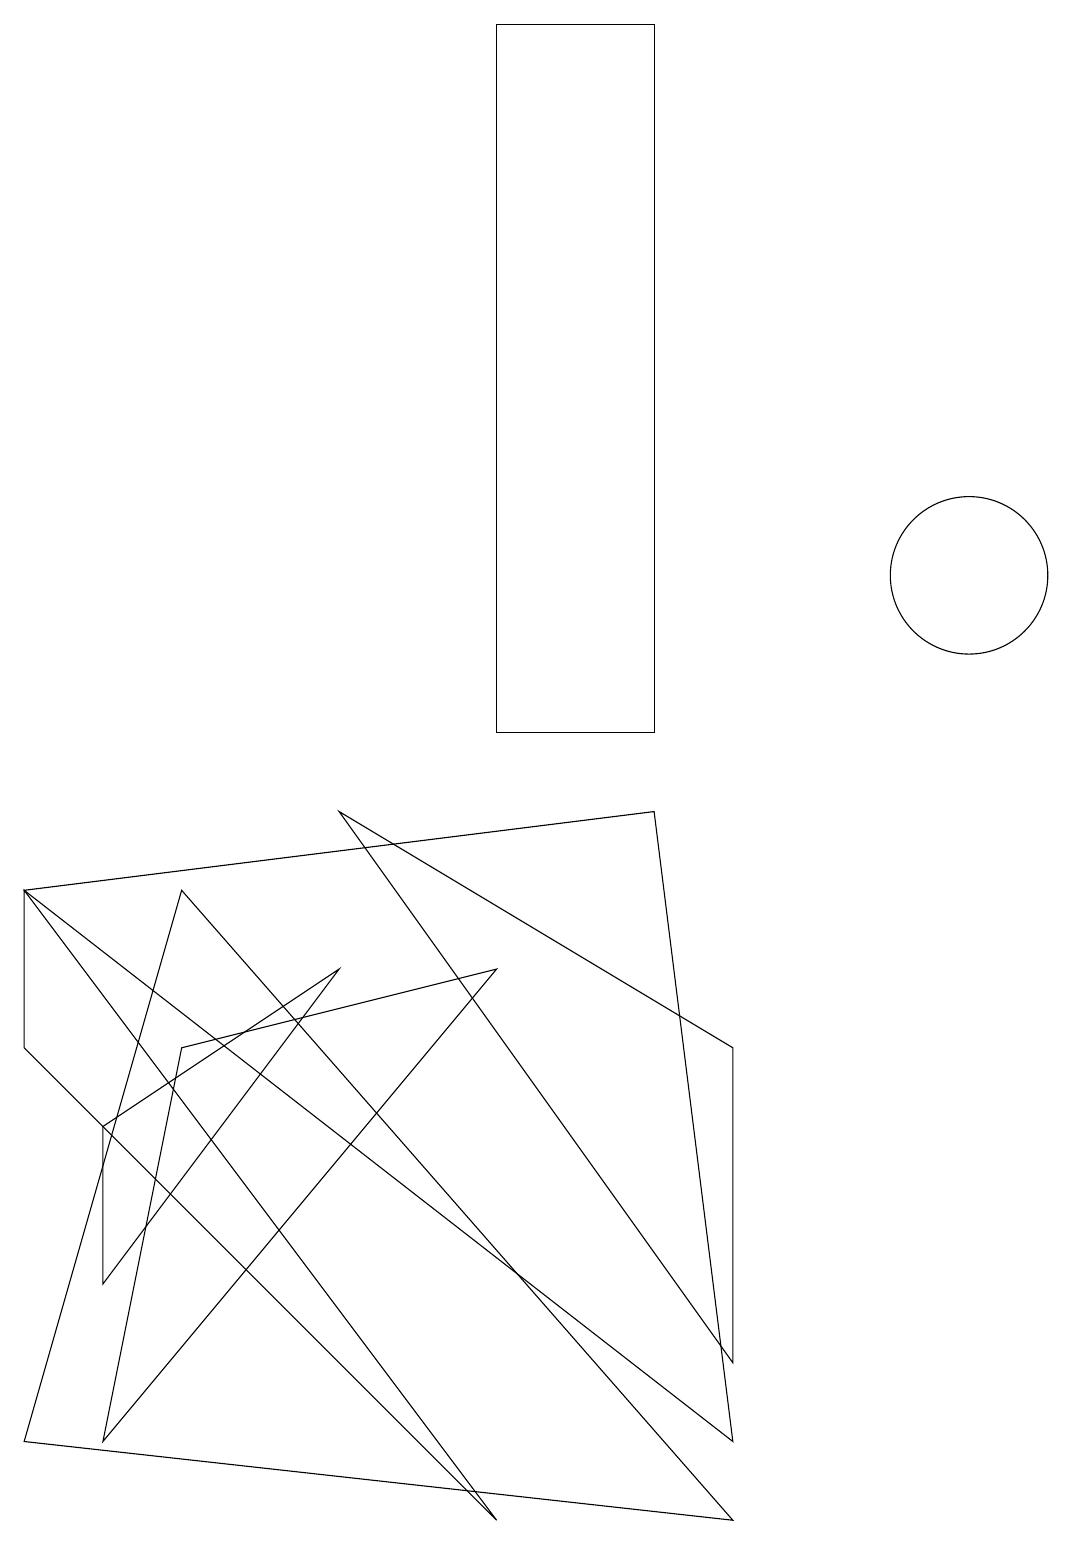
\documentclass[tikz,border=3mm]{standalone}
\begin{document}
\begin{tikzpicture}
\draw (1,1) -- (2,6) -- (6,7) -- cycle;
\draw (6,10) rectangle (8,19);
\draw (0,1) -- (2,8) -- (9,0) -- cycle;
\draw (9,2) -- (9,6) -- (4,9) -- cycle;
\draw (0,8) -- (0,6) -- (6,0) -- cycle;
\draw (12,12) circle (1);
\draw (1,3) -- (4,7) -- (1,5) -- cycle;
\draw (9,1) -- (0,8) -- (8,9) -- cycle;
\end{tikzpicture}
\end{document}